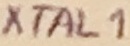
Text: XTAL1